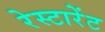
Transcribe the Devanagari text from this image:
रेस्टारेंट